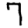
Digit: 7